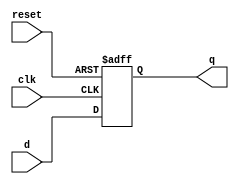
module flip_flop (
    input wire clk,         // Clock input
    input wire reset,       // Asynchronous reset
    input wire d,          // Data input
    output reg q           // Data output
);

// Always block triggered on the rising edge of the clock
always @(posedge clk or posedge reset) begin
    if (reset) begin
        q <= 1'b0;         // Reset output to 0
    end else begin
        q <= d;           // Update output with data input
    end
end

endmodule